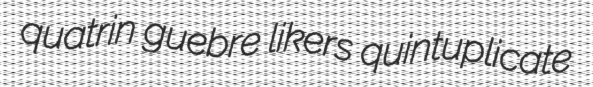
quatrin guebre likers quintuplicate